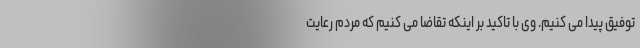
توفیق پیدا می کنیم. وی با تاکید بر اینکه تقاضا می کنیم که مردم رعایت